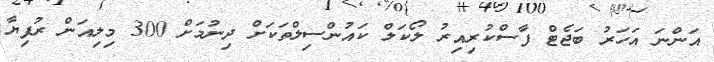
އަންނަ އަހަރު ބަޖެޓް ފާސްކުރިއިރު ލޯކަލް ކައުންސިލްތަކަށް ދިނުމަށް 300 މިލިއަން ރުފިޔާ